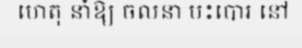
ហេតុ នាំឱ្យ ចលនា បះបោរ នៅ